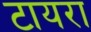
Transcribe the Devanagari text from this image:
टायरा